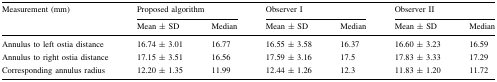
| <ROWSPAN=2> Measurement (mm) | <COLSPAN=2> Proposed algorithm | <COLSPAN=2> Observer I | <COLSPAN=2> Observer II |
 | Mean ± SD | Median | Mean ± SD | Median | Mean ± SD | Median |
 | --- | --- | --- | --- | --- | --- | --- |
 | Annulus to left ostia distance | 16.74 ± 3.01 | 16.77 | 16.55 ± 3.58 | 16.37 | 16.60 ± 3.23 | 16.59 |
 | Annulus to right ostia distance | 17.15 ± 3.51 | 16.56 | 17.59 ± 3.16 | 17.5 | 17.83 ± 3.33 | 17.29 |
 | Corresponding annulus radius | 12.20 ± 1.35 | 11.99 | 12.44 ± 1.26 | 12.3 | 11.83 ± 1.20 | 11.72 |